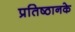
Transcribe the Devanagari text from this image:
प्रतिष्ठानके